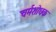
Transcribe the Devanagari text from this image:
चर्मशोधक